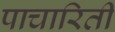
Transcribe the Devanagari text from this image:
पाचारिती